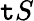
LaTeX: \mathtt{t}S